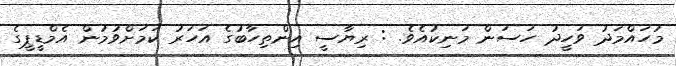
މުހައްމަދު ވަހީދު ހަސަން މަނިކުއެވެ. : ރިޔާސީ އިންތިހާބުގެ އަހަރު ކަމަށްވުމުން އެމްޑީޕީގެ